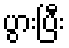
ပွားပြီး